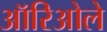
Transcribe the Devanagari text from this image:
ऑरिओले